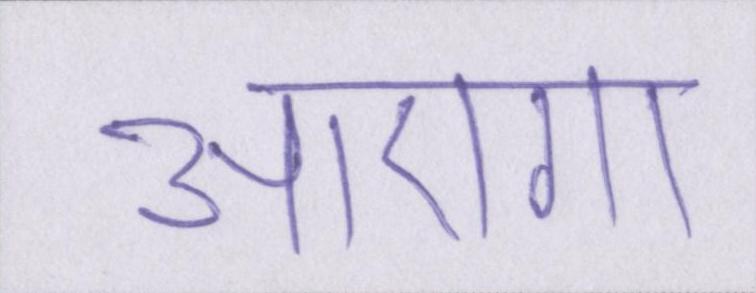
आएगा